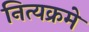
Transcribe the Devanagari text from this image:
नित्यक्रमे